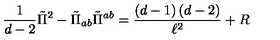
\frac { 1 } { d - 2 } \tilde { \Pi } ^ { 2 } - \tilde { \Pi } _ { a b } \tilde { \Pi } ^ { a b } = \frac { \left( d - 1 \right) \left( d - 2 \right) } { \ell ^ { 2 } } + R